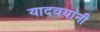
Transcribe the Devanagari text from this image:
यादवयांनी